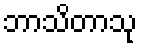
ဘာသိတာသု